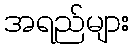
အရည်များ